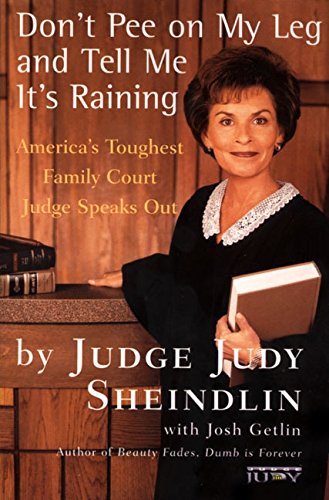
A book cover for Don't Pee on My Leg and Tell Me It's Raining: America's Toughest Family Court Judge Speaks Out; Judy Sheindlin; Law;